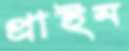
প্রাইম